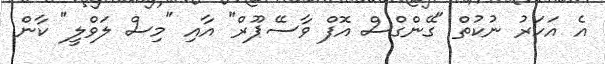
އެ އަހަރު ނުކުތް "ގޭންގްސް އޮފް ވާސޭޕޫރް" އާއި "މިސް ލަވްލީ" ކާން